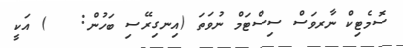
ސޮމެޓިކް ނާރވަސް ސިސްޓަމް ނުވަތަ (އިނގިރޭސި ބަހުން:   ) އަކީ